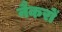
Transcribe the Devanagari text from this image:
नैकरों